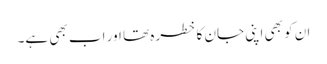
ان کو بھی اپنی جان کا خطرہ تھا اور اب بھی ہے۔